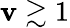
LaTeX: \mathbf{v}\gtrsim1